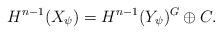
LaTeX: \begin{gather*} H^{n-1}(X_\psi)=H^{n-1}(Y_\psi)^G \oplus C.\end{gather*}